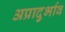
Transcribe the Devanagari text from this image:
अप्रादुर्भाव